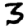
Digit: 3